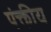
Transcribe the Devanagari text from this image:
पंक्तीय